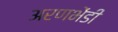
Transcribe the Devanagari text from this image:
अरणभेंडी